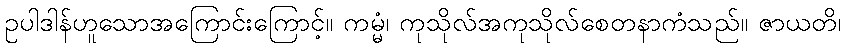
ဥပါဒါန်ဟူသောအကြောင်းကြောင့်။ ကမ္မံ၊ ကုသိုလ်အကုသိုလ်စေတနာကံသည်။ ဇာယတိ၊